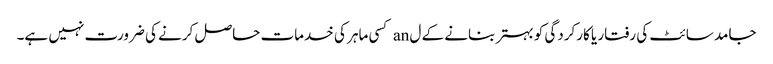
جامد سائٹ کی رفتار یا کارکردگی کو بہتر بنانے کے ل an کسی ماہر کی خدمات حاصل کرنے کی ضرورت نہیں ہے۔